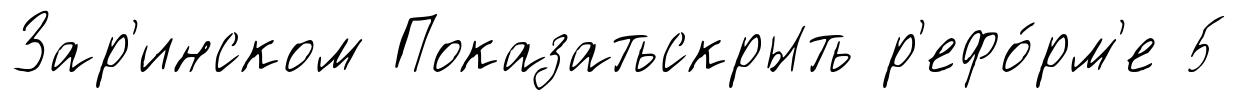
Зар'инском Показатьскрыть р'ефо́рм'е 5